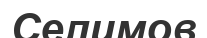
Селимов